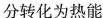
分转化为热能